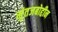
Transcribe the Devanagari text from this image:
मुंतजबोद्दीन